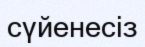
сүйенесіз